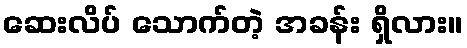
ဆေးလိပ် သောက်တဲ့ အခန်း ရှိလား။